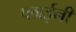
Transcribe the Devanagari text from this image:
प्लाईनी